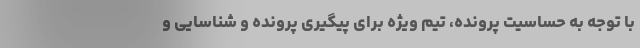
با توجه به حساسیت پرونده، تیم ویژه برای پیگیری پرونده و شناسایی و